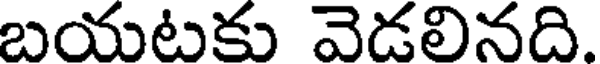
బయటకు వెడలినది.